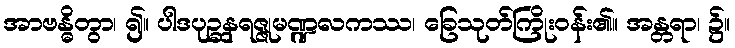
အာဗန္ဓိတွာ၊ ၍။ ပါဒပုဉ္ဆနရဇ္ဇုမဏ္ဍလကဿ၊ ခြေသုတ်ကြိုးဝန်း၏။ အန္တရာ၊ ၌။